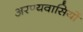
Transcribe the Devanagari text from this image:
अरण्यवासियों